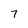
Character: 7